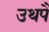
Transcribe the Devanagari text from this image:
उथपै